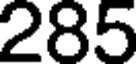
285